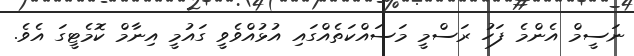
ނަސީމް އެންމެ ފަހު ރަސްމީ މަސައްކަތެއްގައި އުޅުއްވެވީ ގައުމީ އިނާމް ކޮމެޓީގަ އެވެ.